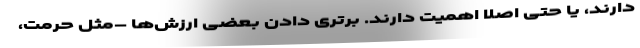
دارند، یا حتی اصلاً اهمیت دارند. برتری دادن بعضی ارزش‌ها –مثل حرمت،